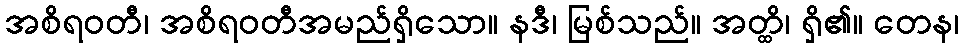
အစိရဝတီ၊ အစိရဝတီအမည်ရှိသော။ နဒီ၊ မြစ်သည်။ အတ္ထိ၊ ရှိ၏။ တေန၊